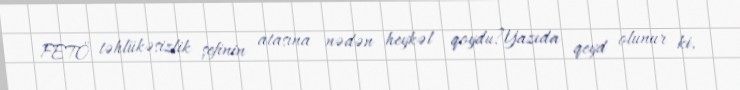
FETÖ təhlükəsizlik şefinin atasına nədən heykəl qoydu?Yazıda qeyd olunur ki,